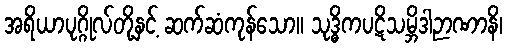
အရိယာပုဂ္ဂိုလ်တို့နှင့် ဆက်ဆံကုန်သော။ သုဒ္ဓိကပဋိသမ္ဘိဒါဉာဏာနိ၊